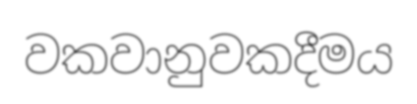
වකවානුවකදීමය